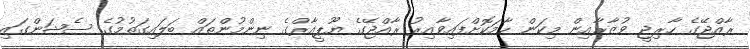
ރާއްޖޭގެ ހާރިޖީ ވުޒާރާއިން މިކަން ހާމަކޮށްފައިވާއިރު ރާއްޖޭގެ ޔޫޕީއާރްގެ ނިންމުންތައް ބަލައިގަތުމުގެ ސެޝަންގައި